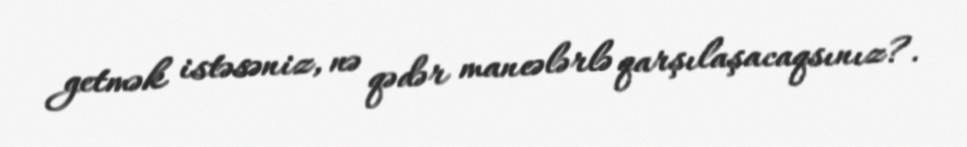
getmək istəsəniz, nə qədər maneələrlə qarşılaşacaqsınız?.